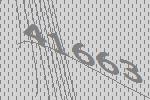
41663